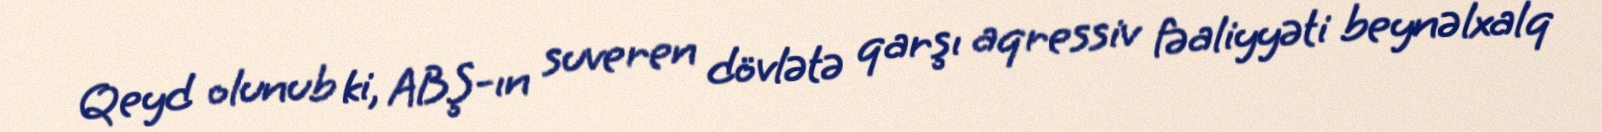
Qeyd olunub ki, ABŞ-ın suveren dövlətə qarşı aqressiv fəaliyyəti beynəlxalq